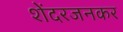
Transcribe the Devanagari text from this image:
शेंदरजनकर